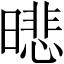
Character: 𣊾